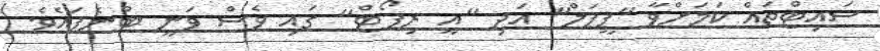
ސައިޓްތައް ކަމަށްވާ "ޕީޕަލް" އަދި "އީ ރިޕޯޓް" ގައި ވެސް ވަނީ ބުނެފައެވެ.